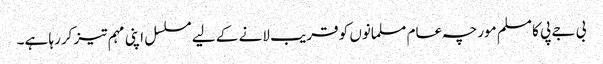
بی جے پی کا مسلم مورچہ عام مسلمانوں کو قریب لانے کے لیے مسلسل اپنی مہم تیز کررہا ہے۔